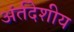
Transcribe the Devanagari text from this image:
अंर्तदेशीय